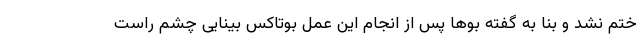
ختم نشد و بنا به گفته بوها پس از انجام این عمل بوتاکس بینایی چشم راست